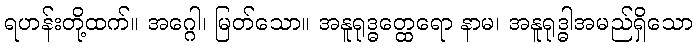
ရဟန်းတို့ထက်။ အဂ္ဂေါ၊ မြတ်သော။ အနူရုဒ္ဓတ္ထေရော နာမ၊ အနူရုဒ္ဓါအမည်ရှိသော